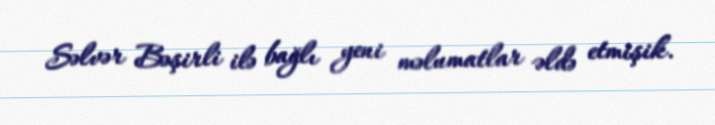
Səlvər Bəşirli ilə bağlı yeni məlumatlar əldə etmişik.